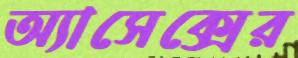
অ্যাসেক্সের